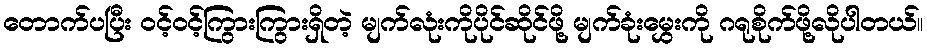
တောက်ပပြီး ဝင့်ဝင့်ကြွားကြွားရှိတဲ့ မျက်လုံးကိုပိုင်ဆိုင်ဖို့ မျက်ခုံးမွှေးကို ဂရုစိုက်ဖို့လိုပါတယ်။